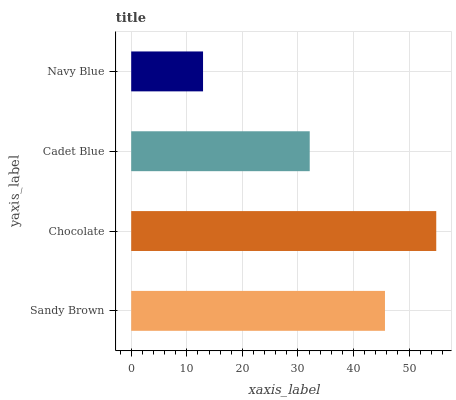
| yaxis_label | bars |
 | --- | --- |
 | Sandy Brown | 45.7 |
 | Chocolate | 54.9 |
 | Cadet Blue | 32.1 |
 | Navy Blue | 12.9 |